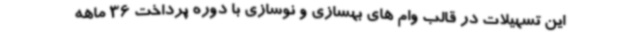
این تسهیلات در قالب وام های بهسازی و نوسازی با دوره پرداخت 36 ماهه